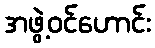
အဖွဲ့ဝင်ဟောင်း